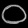
Digit: ၀